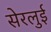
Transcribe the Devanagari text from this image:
सेरलुई